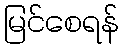
မြင်စေရန်